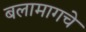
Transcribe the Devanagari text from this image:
बलामागचे